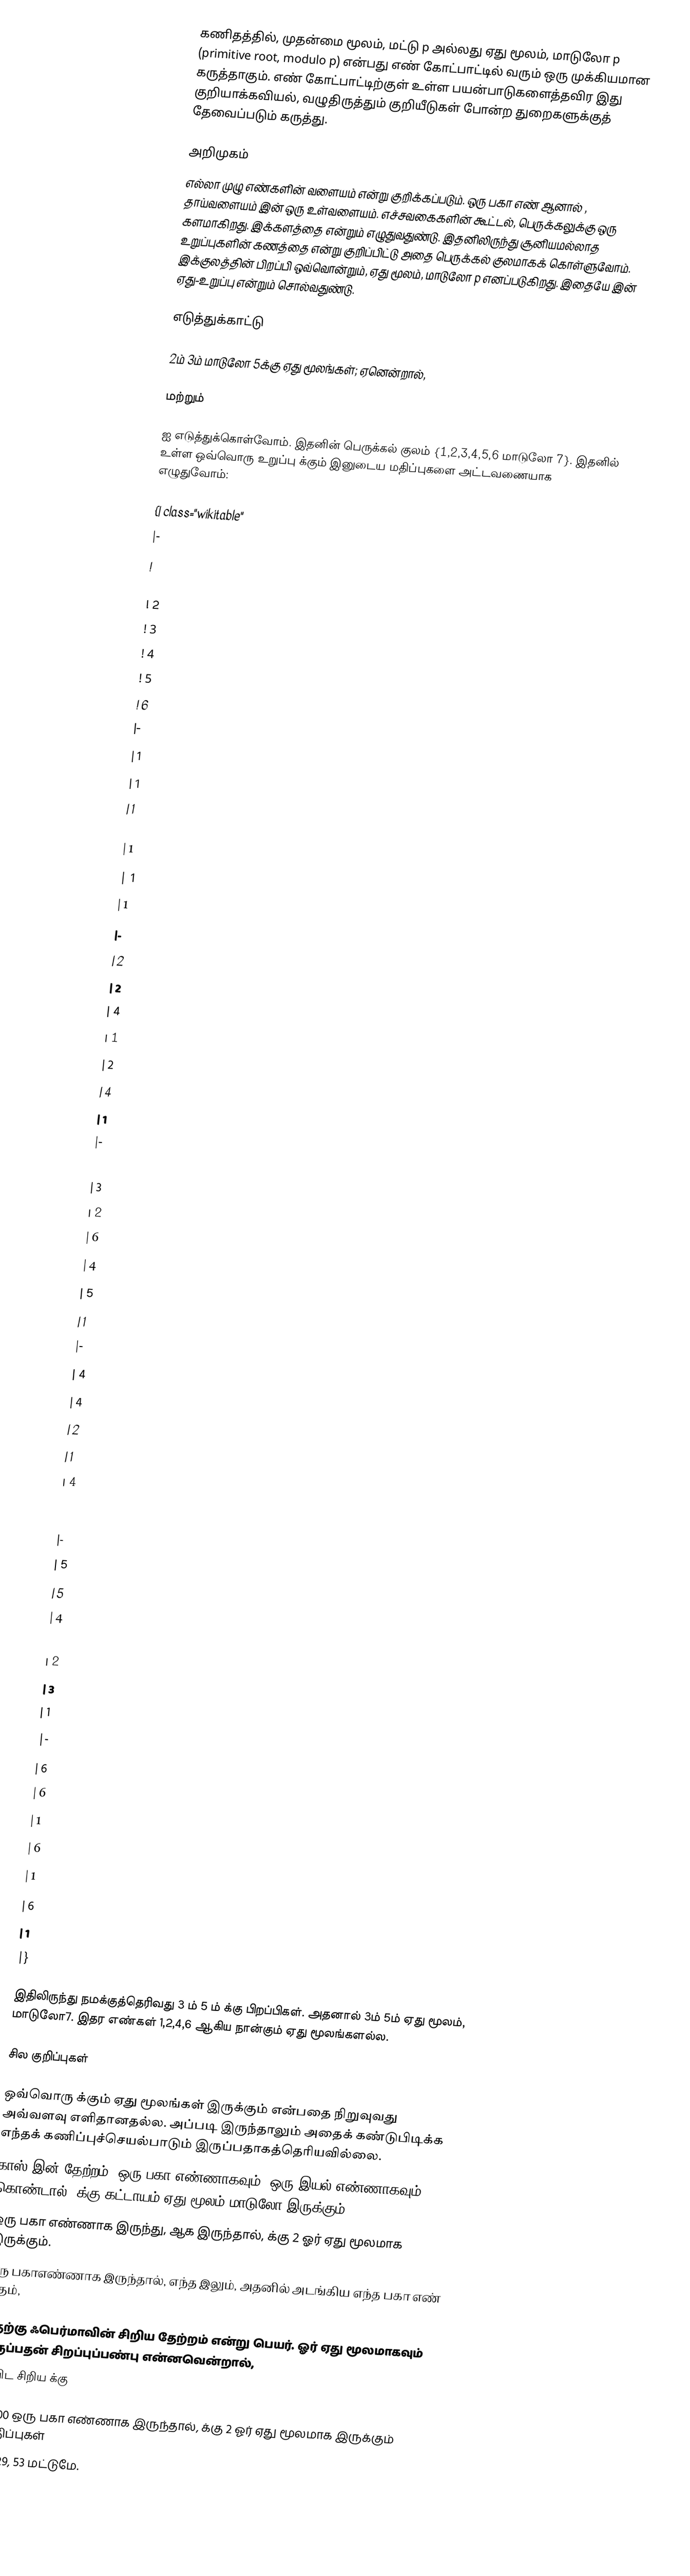
கணிதத்தில், முதன்மை மூலம், மட்டு p அல்லது ஏது மூலம், மாடுலோ p (primitive root, modulo p) என்பது எண் கோட்பாட்டில் வரும் ஒரு முக்கியமான கருத்தாகும். எண் கோட்பாட்டிற்குள் உள்ள பயன்பாடுகளைத்தவிர இது குறியாக்கவியல், வழுதிருத்தும் குறியீடுகள் போன்ற துறைகளுக்குத் தேவைப்படும் கருத்து.

அறிமுகம்
எல்லா முழு எண்களின் வளையம்  என்று குறிக்கப்படும்.   ஒரு பகா எண் ஆனால் , தாய்வளையம்  இன் ஒரு உள்வளையம்.   எச்சவகைகளின் கூட்டல், பெருக்கலுக்கு ஒரு களமாகிறது. இக்களத்தை   என்றும் எழுதுவதுண்டு. இதனிலிருந்து சூனியமல்லாத உறுப்புகளின் கணத்தை  என்று குறிப்பிட்டு அதை பெருக்கல் குலமாகக் கொள்ளுவோம். இக்குலத்தின்  பிறப்பி ஒவ்வொன்றும்,  ஏது மூலம், மாடுலோ p எனப்படுகிறது. இதையே  இன் ஏது-உறுப்பு என்றும் சொல்வதுண்டு.

எடுத்துக்காட்டு

2ம் 3ம் மாடுலோ 5க்கு ஏது மூலங்கள்; ஏனென்றால்,

மற்றும்

 ஐ எடுத்துக்கொள்வோம். இதனின் பெருக்கல் குலம் {1,2,3,4,5,6 மாடுலோ 7}. இதனில் உள்ள ஒவ்வொரு உறுப்பு   க்கும்   இனுடைய மதிப்புகளை அட்டவணையாக எழுதுவோம்:

{| class="wikitable"
|-
!
! 1
! 2
! 3
! 4
! 5
! 6
|-
| 1
| 1
| 1
| 1
| 1
| 1
| 1
|-
| 2
| 2
| 4
| 1
| 2
| 4
| 1
|-
| 3
| 3
| 2
| 6
| 4
| 5
| 1
|-
| 4
| 4
| 2
| 1
| 4
| 2
| 1
|-
| 5
| 5
| 4
| 6
| 2
| 3
| 1
|-
| 6
| 6
| 1
| 6
| 1
| 6
| 1
|}

இதிலிருந்து நமக்குத்தெரிவது  3 ம் 5 ம்  க்கு பிறப்பிகள்.  அதனால் 3ம் 5ம் ஏது மூலம், மாடுலோ7. இதர எண்கள் 1,2,4,6 ஆகிய நான்கும் ஏது மூலங்களல்ல.

சில குறிப்புகள்

 ஒவ்வொரு  க்கும் ஏது மூலங்கள் இருக்கும் என்பதை நிறுவுவது அவ்வளவு எளிதானதல்ல. அப்படி இருந்தாலும் அதைக் கண்டுபிடிக்க எந்தக் கணிப்புச்செயல்பாடும் இருப்பதாகத்தெரியவில்லை.
காஸ் இன் தேற்றம்:  ஒரு பகா எண்ணாகவும்,  ஒரு இயல் எண்ணாகவும் கொண்டால்,  க்கு  கட்டாயம் ஏது மூலம் மாடுலோ  இருக்கும்.
  ஒரு பகா எண்ணாக இருந்து,  ஆக இருந்தால்,  க்கு 2 ஓர் ஏது மூலமாக இருக்கும்.
  ஒரு பகாஎண்ணாக இருந்தால், எந்த   இலும், அதனில் அடங்கிய  எந்த பகா எண்   க்கும்,

இதற்கு ஃபெர்மாவின் சிறிய தேற்றம் என்று பெயர்.   ஓர் ஏது மூலமாகவும்  இருப்பதன் சிறப்புப்பண்பு என்னவென்றால்,
  ஐ விட சிறிய  க்கு

 p < 100 ஒரு பகா எண்ணாக இருந்தால்,   க்கு 2 ஓர் ஏது மூலமாக இருக்கும்  p-மதிப்புகள்
 5, 13, 29, 53 மட்டுமே.

 p <